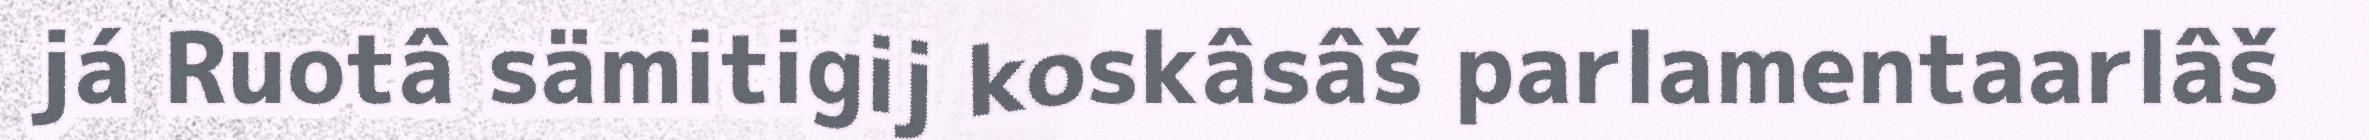
já Ruotâ sämitigij koskâsâš parlamentaarlâš